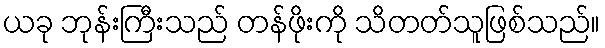
ယခု ဘုန်းကြီးသည် တန်ဖိုးကို သိတတ်သူဖြစ်သည်။